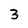
Character: 3